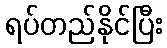
ရပ်တည်နိုင်ပြီး